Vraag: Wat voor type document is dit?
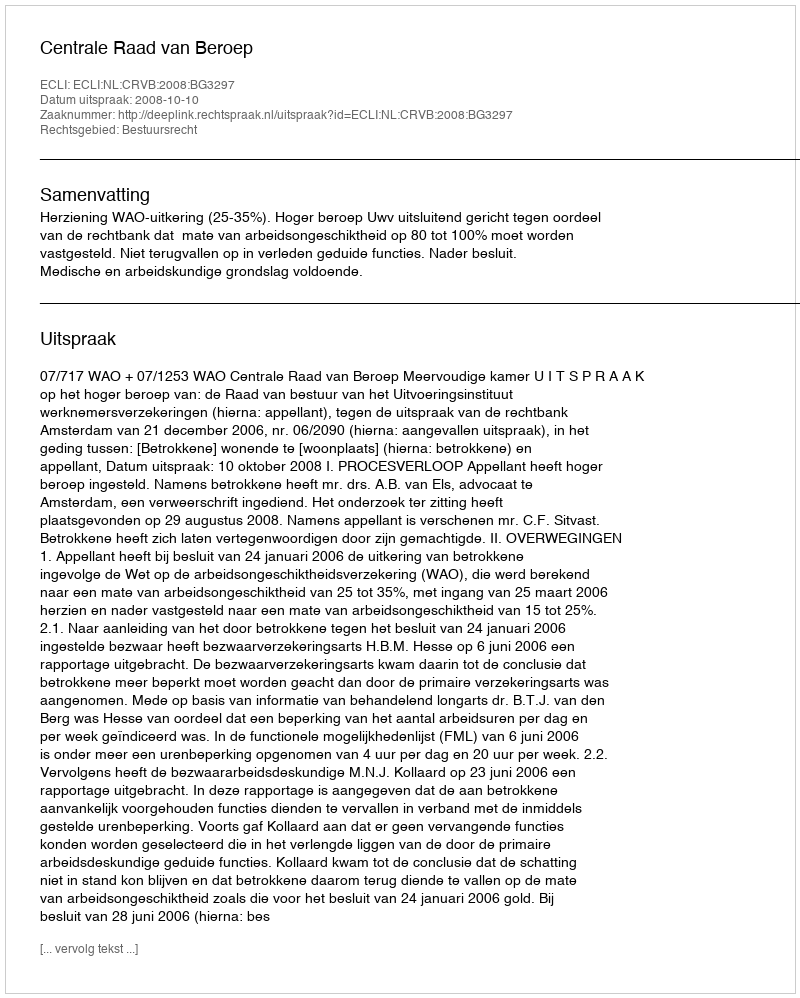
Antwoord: Uitspraak